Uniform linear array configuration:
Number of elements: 64
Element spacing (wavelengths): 0.75
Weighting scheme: blackman
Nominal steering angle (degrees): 30
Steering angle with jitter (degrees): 31.493
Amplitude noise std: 0.05
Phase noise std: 0.05

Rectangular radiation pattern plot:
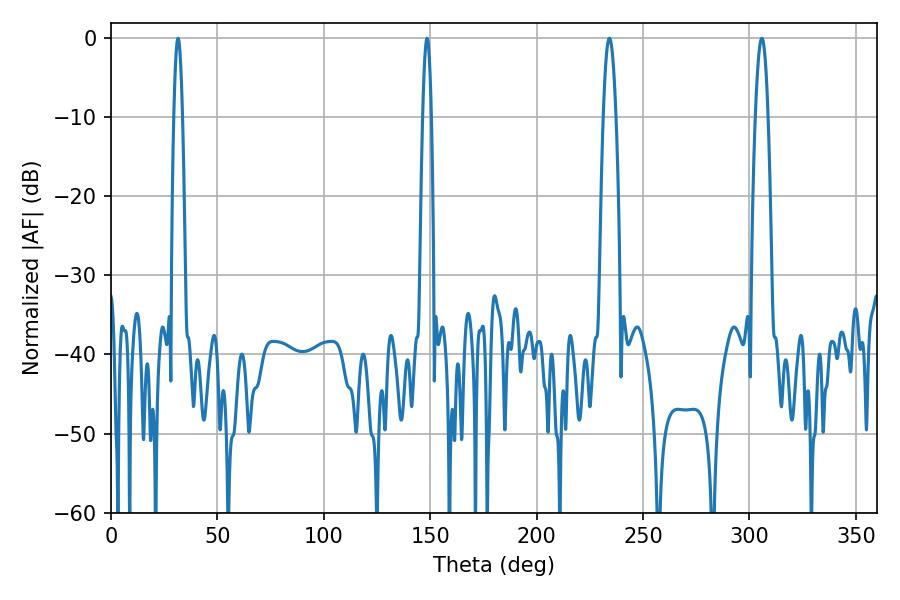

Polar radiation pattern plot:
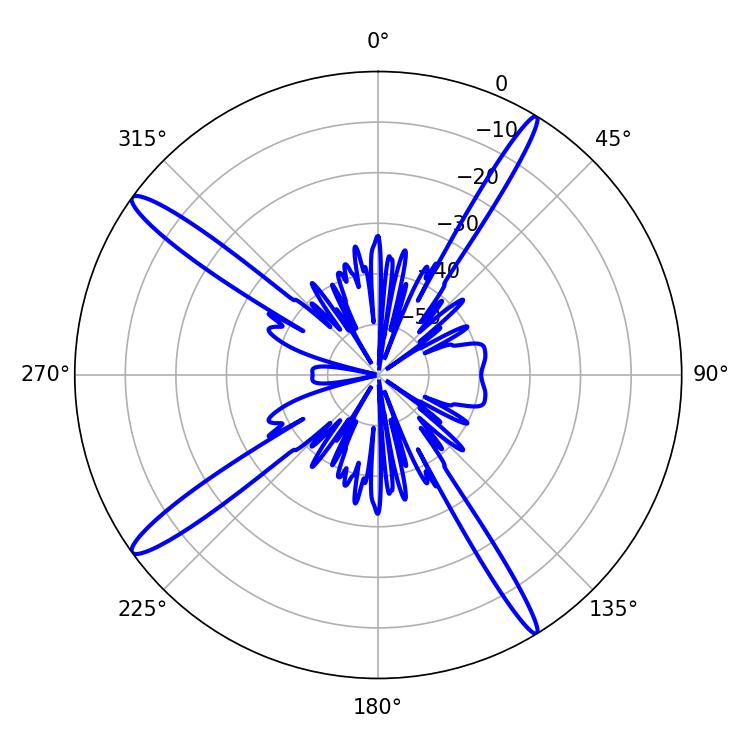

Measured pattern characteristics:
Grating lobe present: TRUE
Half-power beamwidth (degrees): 3.24
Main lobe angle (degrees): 305.82